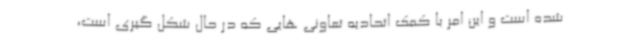
شده است و این امر با کمک اتحادیه تعاونی هایی که در حال شکل گیری است،